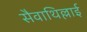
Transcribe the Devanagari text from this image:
सैवाथिल्लाई